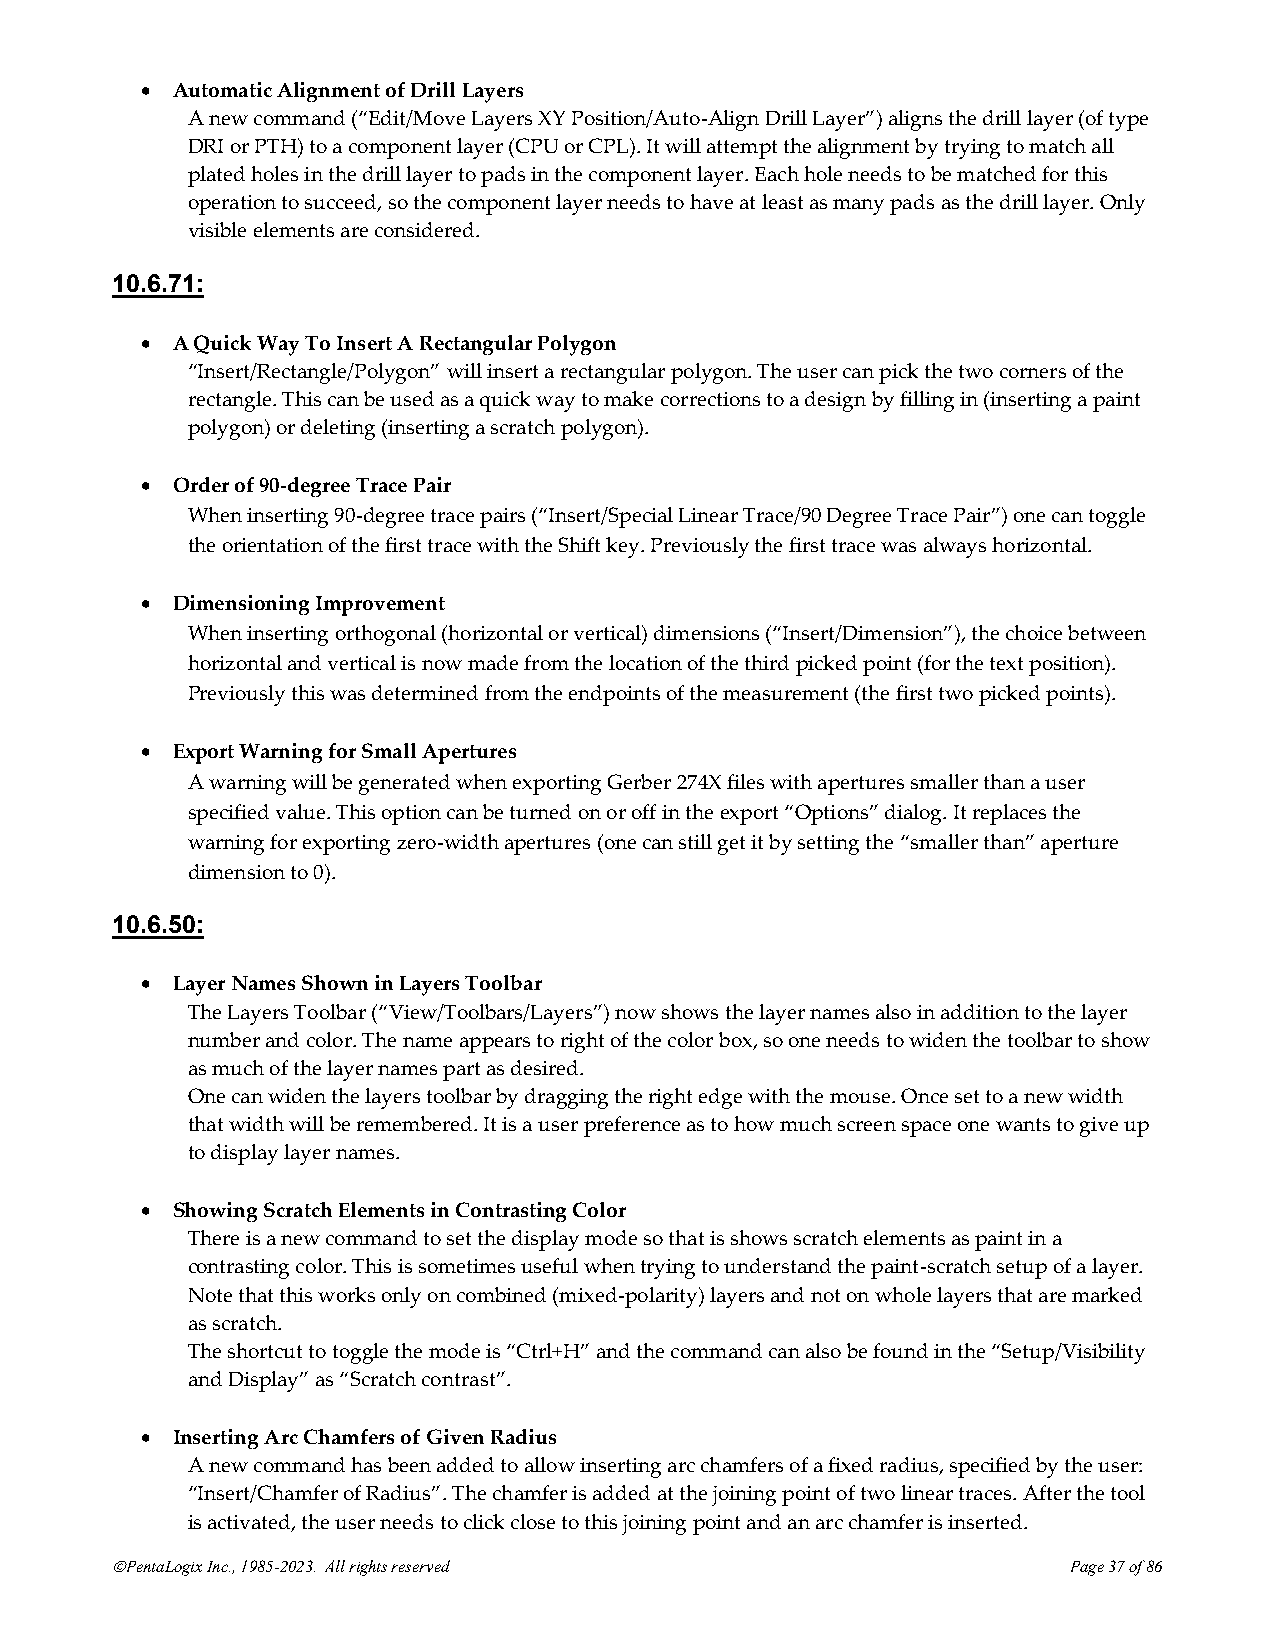
• Automatic Alignment of Drill Layers
 A new command (“Edit/Move Layers XY Position/Auto-Align Drill Layer”) aligns the drill layer (of type
 DRI or PTH) to a component layer (CPU or CPL). It will attempt the alignment by trying to match all
 plated holes in the drill layer to pads in the component layer. Each hole needs to be matched for this
 operation to succeed, so the component layer needs to have at least as many pads as the drill layer. Only
 visible elements are considered.
 10.6.71:
 • A Quick Way To Insert A Rectangular Polygon
 “Insert/Rectangle/Polygon” will insert a rectangular polygon. The user can pick the two corners of the
 rectangle. This can be used as a quick way to make corrections to a design by filling in (inserting a paint
 polygon) or deleting (inserting a scratch polygon).
 • Order of 90-degree Trace Pair
 When inserting 90-degree trace pairs (“Insert/Special Linear Trace/90 Degree Trace Pair”) one can toggle
 the orientation of the first trace with the Shift key. Previously the first trace was always horizontal.
 • Dimensioning Improvement
 When inserting orthogonal (horizontal or vertical) dimensions (“Insert/Dimension”), the choice between
 horizontal and vertical is now made from the location of the third picked point (for the text position).
 Previously this was determined from the endpoints of the measurement (the first two picked points).
 • Export Warning for Small Apertures
 A warning will be generated when exporting Gerber 274X files with apertures smaller than a user
 specified value. This option can be turned on or off in the export “Options” dialog. It replaces the
 warning for exporting zero-width apertures (one can still get it by setting the “smaller than” aperture
 dimension to 0).
 10.6.50:
 • Layer Names Shown in Layers Toolbar
 The Layers Toolbar (“View/Toolbars/Layers”) now shows the layer names also in addition to the layer
 number and color. The name appears to right of the color box, so one needs to widen the toolbar to show
 as much of the layer names part as desired.
 One can widen the layers toolbar by dragging the right edge with the mouse. Once set to a new width
 that width will be remembered. It is a user preference as to how much screen space one wants to give up
 to display layer names.
 • Showing Scratch Elements in Contrasting Color
 There is a new command to set the display mode so that is shows scratch elements as paint in a
 contrasting color. This is sometimes useful when trying to understand the paint-scratch setup of a layer.
 Note that this works only on combined (mixed-polarity) layers and not on whole layers that are marked
 as scratch.
 The shortcut to toggle the mode is “Ctrl+H” and the command can also be found in the “Setup/Visibility
 and Display” as “Scratch contrast”.
 • Inserting Arc Chamfers of Given Radius
 A new command has been added to allow inserting arc chamfers of a fixed radius, specified by the user:
 “Insert/Chamfer of Radius”. The chamfer is added at the joining point of two linear traces. After the tool
 is activated, the user needs to click close to this joining point and an arc chamfer is inserted.
 ©PentaLogix Inc., 1985-2023. All rights reserved                Page 37 of 86